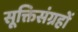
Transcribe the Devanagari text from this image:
सूक्तिसंग्रहों